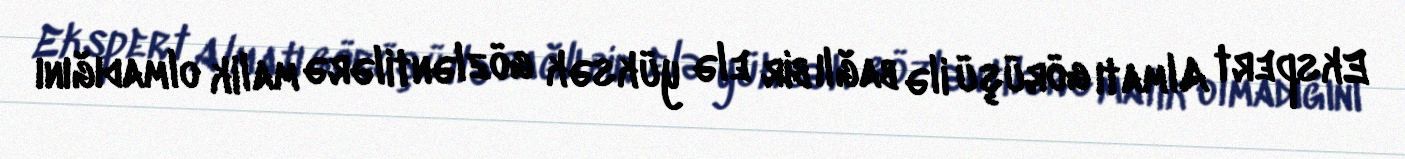
Ekspert Almatı görüşü ilə bağlı bir elə yüksək gözləntilərə malik olmadığını